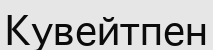
Кувейтпен